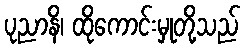
ပုညာနိ၊ ထိုကောင်းမှုတို့သည်